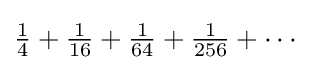
{\textstyle {\frac {1}{4}}+{\frac {1}{16}}+{\frac {1}{64}}+{\frac {1}{256}}+\cdots }